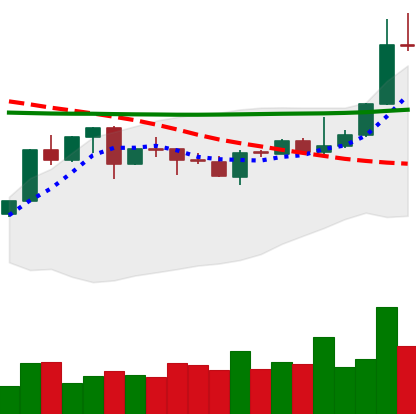
Ticker: XLM-USD
Chart end date: 2020-04-24
Forward return: 17.428%
Label: up_7plus